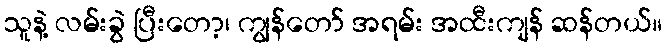
သူနဲ့ လမ်းခွဲ ပြီးတော့၊ ကျွန်တော် အရမ်း အထီးကျန် ဆန်တယ်။